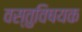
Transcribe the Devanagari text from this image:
वस्तुविषयक